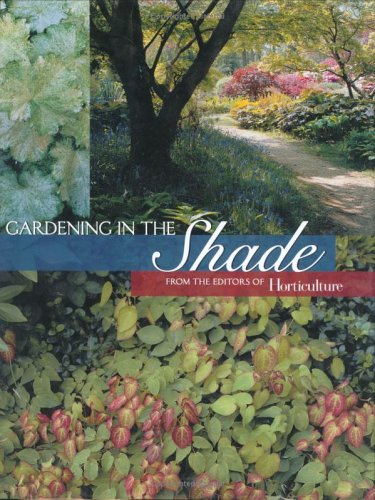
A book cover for Gardening in the Shade; Crafts, Hobbies & Home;